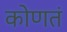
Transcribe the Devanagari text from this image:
कोणतं